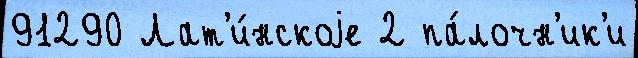
91290 Лат'и́нскоjе 2 па́лочн'ик'и